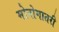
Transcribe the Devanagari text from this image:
मोनोगातरी